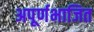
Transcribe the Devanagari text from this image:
अपूर्णभाजित